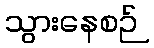
သွားနေစဉ်